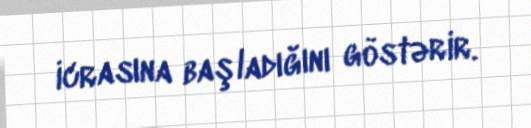
icrasına başladığını göstərir.